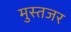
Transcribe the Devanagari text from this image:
मुस्तजर